Elephants and their diseases
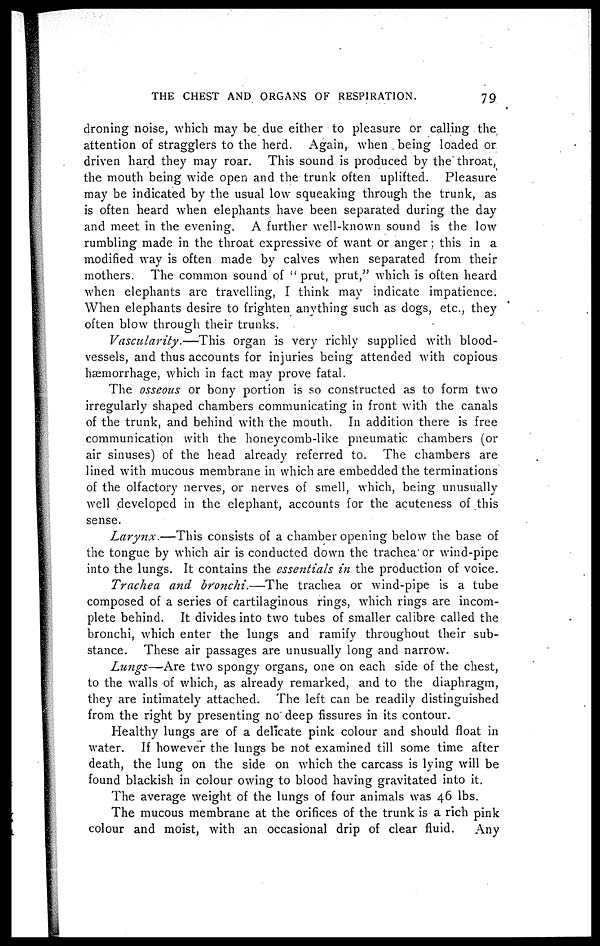
THE CHEST AND ORGANS OF RESPIRATION.
79
droning noise, which may be due either to pleasure or calling the
attention of stragglers to the herd. Again, when being loaded or
driven hard they may roar. This sound is produced by the throat,
the mouth being wide open and the trunk often uplifted.
Pleasure
may be indicated by the usual low squeaking through the trunk, as
is often heard when elephants have been separated during the day
and meet in the evening. A further well-known sound is the low
rumbling made in the throat expressive of want or anger; this in a
modified way is often made by calves when separated from their
mothers. The common sound of "prut, prut," which is often heard
when elephants are travelling, I think may indicate impatience.
When elephants desire to frighten anything such as dogs, etc., they
often blow through their trunks.
Vascularity.—This
organ is very richly supplied with blood-
vessels, and thus accounts for injuries being attended with copious
haemorrhage, which in fact may prove fatal.
The osseous or bony portion is so constructed as to form two
irregularly shaped chambers communicating in front with the canals
of the trunk, and behind with the mouth. In addition there is free
communication with the honeycomb-like pneumatic chambers (or
air sinuses) of the head already referred to. The chambers are
lined with mucous membrane in which are embedded the terminations
of the olfactory nerves, or nerves of smell, which, being unusually
well developed in the elephant, accounts for the acuteness of this
sense.
Larynx.—This
consists of a chamber opening below the base of
the tongue by which air is conducted down the trachea or wind-pipe
into the lungs. It contains the essentials in the production of voice.
Trachea and bronchi.—The
trachea or wind-pipe is a tube
composed of a series of cartilaginous rings, which rings are incom¬
plete behind. It divides into two tubes of smaller calibre called the
bronchi, which enter the lungs and ramify throughout their sub-
stance. These air passages are unusually long and narrow.
Lungs—Are two spongy organs, one on each side of the chest,
to the walls of which, as already remarked, and to the diaphragm,
they are intimately attached. The left can be readily distinguished
from the right by presenting no deep fissures in its contour.
Healthy lungs are of a delicate pink colour and should float in
water. If however the lungs be not examined till some time after
death, the lung on the side on which the carcass is lying will be
found blackish in colour owing to blood having gravitated into it.
The average weight of the lungs of four animals was 46 lbs.
The mucous membrane at the orifices of the trunk is a rich pink
colour and moist, with an occasional drip of clear fluid. Any